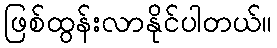
ဖြစ်ထွန်းလာနိုင်ပါတယ်။